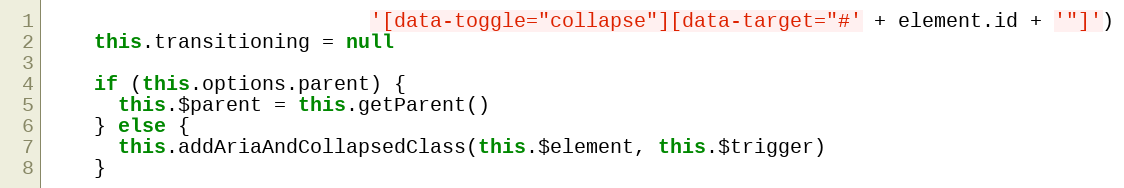
Language: JavaScript
                           '[data-toggle="collapse"][data-target="#' + element.id + '"]')
    this.transitioning = null

    if (this.options.parent) {
      this.$parent = this.getParent()
    } else {
      this.addAriaAndCollapsedClass(this.$element, this.$trigger)
    }